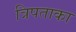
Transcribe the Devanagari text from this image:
त्रिपताका